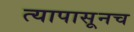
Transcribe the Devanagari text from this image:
त्यापासूनच